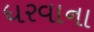
ધરવાના